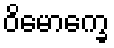
ဝိမောက္ခေ